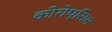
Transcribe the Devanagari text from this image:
कीरोप्सिस